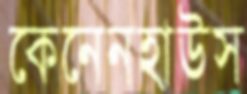
কেনেনহাউস